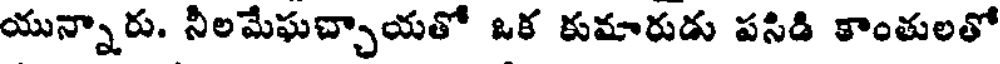
యున్నారు. నీలమేఘచ్చాయతో ఒక కుమారుడు పసిడి కాంతులతో